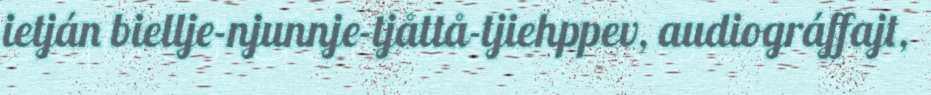
ietján biellje-njunnje-tjåttå-tjiehppev, audiográffajt,